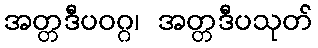
အတ္တဒီပဝဂ္ဂ၊ အတ္တဒီပသုတ်